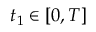
t _ { 1 } \in [ 0 , T ]